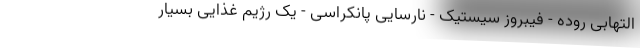
التهابی روده - فیبروز سیستیک - نارسایی پانکراسی - یک رژیم غذایی بسیار